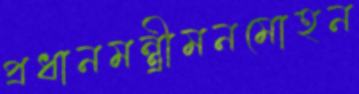
প্রধানমন্ত্রীমনমোহন